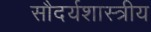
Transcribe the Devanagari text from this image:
सौदर्यशास्त्रीय